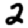
Digit: 2